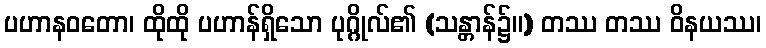
ပဟာနဝတော၊ ထိုထို ပဟာန်ရှိသော ပုဂ္ဂိုလ်၏ (သန္တာန်၌။) တဿ တဿ ဝိနယဿ၊